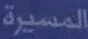
المسيرة